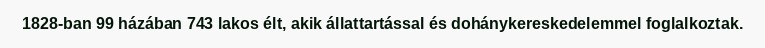
1828-ban 99 házában 743 lakos élt, akik állattartással és dohánykereskedelemmel foglalkoztak.